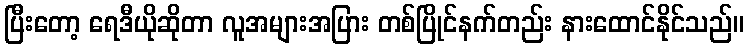
ပြီးတော့ ရေဒီယိုဆိုတာ လူအများအပြား တစ်ပြိုင်နက်တည်း နားထောင်နိုင်သည်။